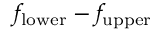
f _ { \mathrm { l o w e r } } - f _ { \mathrm { u p p e r } }